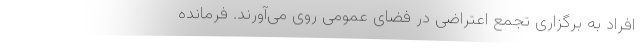
افراد به برگزاری تجمع اعتراضی در فضای عمومی روی می‌آورند. فرمانده